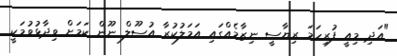
"އަދި މިއީ ފުރިހަމަ ރިޔާސީ ނިޒާމެއްގައި އަމަލުކުރާ އުސޫލް ނޫން ކަމަށް ވިދާޅުވުމަކީ